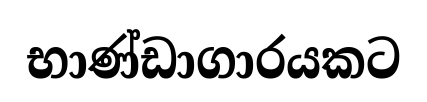
භාණ්ඩාගාරයකට